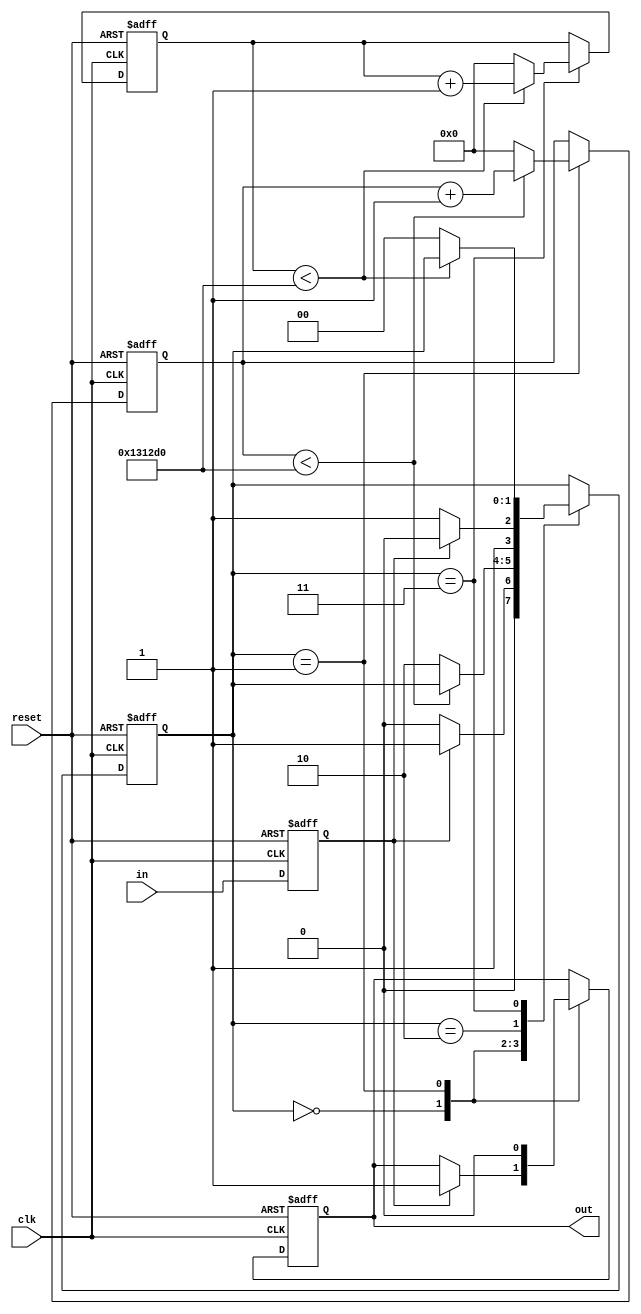
module debouncer
	(
		input clk,
		input reset,
		input in,
		output reg out
	);
	
	parameter BOUNCE_COUNTER_WIDTH	= 21;
	parameter BOUNCE_TIME			= 1_250_000; // 10ms on 125MHz clock
	parameter GENERATE_PULSE		= 1;
	
	reg [BOUNCE_COUNTER_WIDTH-1:0] counter1;
	reg [BOUNCE_COUNTER_WIDTH-1:0] counter2;
	
	reg in_reg;
	reg [1:0] state;
	
	parameter ST_WAIT_ON	= 0;
	parameter ST_COUNT1		= 1;
	parameter ST_WAIT_OFF	= 2;
	parameter ST_COUNT2		= 3;
	
	always @(posedge clk, posedge reset) begin
		if(reset) begin
			counter1 <= 0;
			counter2 <= 0;
			out <= 0;
			in_reg <= 0;
			state <= ST_WAIT_ON;
		end
		else begin
			in_reg <= in;
			case(state)
				ST_WAIT_ON:
					begin
						if(in_reg) begin
							out <= 1;
							state <= ST_COUNT1;
						end
						else begin
							state <= ST_WAIT_ON;
						end
					end
				
				ST_COUNT1:
					begin
						if(GENERATE_PULSE) out <= 0;
						if(counter1 < BOUNCE_TIME) counter1 <= counter1 + 1;
						else begin
							out <= 0;
							counter1 <= 0;
							state <= ST_WAIT_OFF;
						end
					end
				
				ST_WAIT_OFF:
					begin
						if(in_reg==0) state <= ST_COUNT2;
						else state <= ST_WAIT_OFF;
					end
				
				ST_COUNT2:
					begin
						if(counter2 < BOUNCE_TIME) counter2 <= counter2 + 1;
						else begin
							counter2 <= 0;
							state <= ST_WAIT_ON;
						end
					end
				
				default:
					begin
						counter1 <= 0;
						counter2 <= 0;
						state <= ST_WAIT_ON;
					end
				
			endcase
		end
	end
	
endmodule